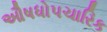
ઔષધોપચારિક